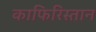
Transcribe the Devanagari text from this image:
काफिरिस्तान